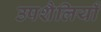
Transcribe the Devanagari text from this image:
उपशैलियाँ